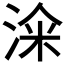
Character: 𣷦